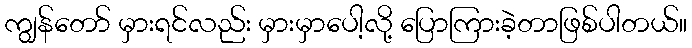
ကျွန်တော် မှားရင်လည်း မှားမှာပေါ့လို့ ပြောကြားခဲ့တာဖြစ်ပါတယ်။